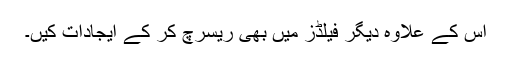
اس کے علاوہ دیگر فیلڈز میں بھی ریسرچ کر کے ایجادات کیں۔